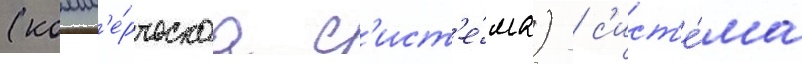
(комм'е́рческаа с'ист'е́ма) / с'ист'е́ма